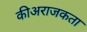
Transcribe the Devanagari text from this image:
कीअराजकता